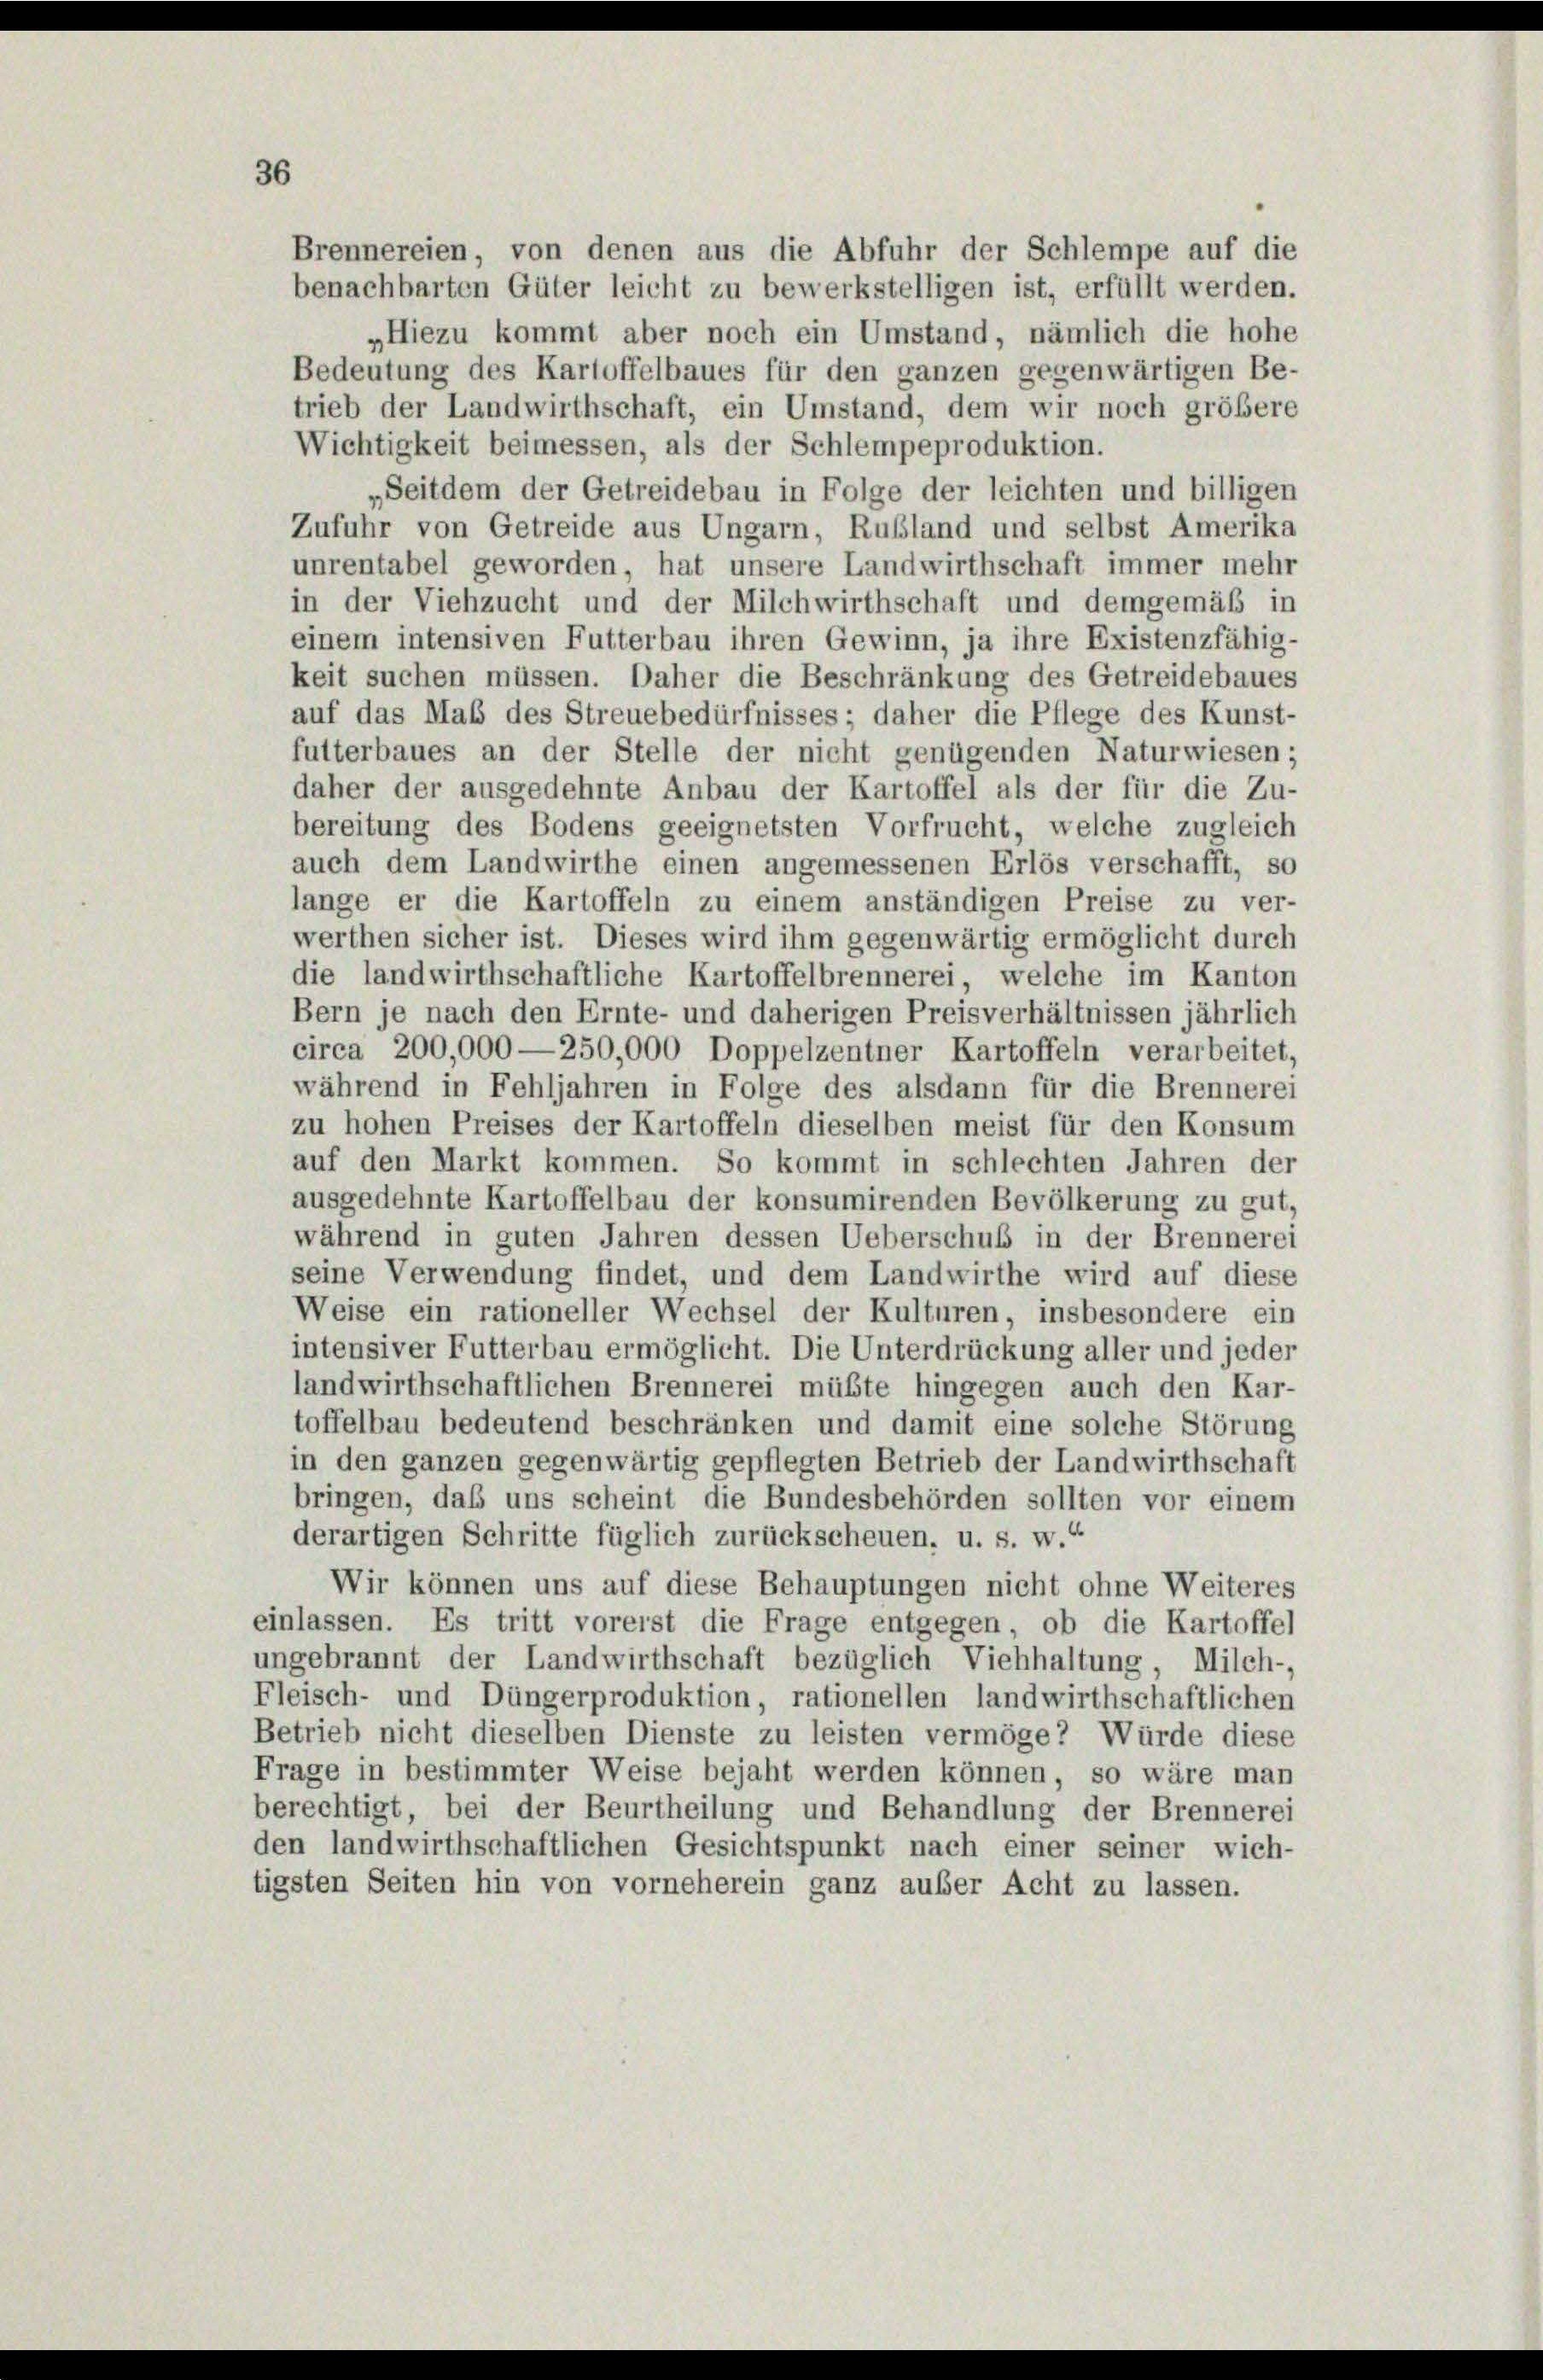
Brennereien, von denen aus die Abfuhr der Schlempe auf die
benachbarten Güter leicht zu bewerkstelligen ist, erfüllt werden.
„Hiezu kommt aber noch ein Umstand, nämlich die hohe
Bedeutung des Kartoffelbaues für den ganzen gegenwärtigen Be-
trieb der Landwirthschaft, ein Umstand, dem wir noch größere
Wichtigkeit beimessen, als der Schlempeproduktion.
Seitdem der Getreidebau in Folge der leichten und billigen
Zufuhr von Getreide aus Ungarn, Rußland und selbst Amerika
unrentabel geworden, hat unsere Landwirthschaft immer mehr
in der Viehzucht und der Milchwirthschaft und demgemäß in
einem intensiven Futterbau ihren Gewinn, ja ihre Existenzfähig-
keit suchen müssen. Daher die Beschränkung des Getreidebaues
auf das Maß des Streuebedürfnisses; daher die Pflege des Kunst-
futterbaues an der Stelle der nicht genügenden Naturwiesen;
daher der ausgedehnte Anbau der Kartoffel als der für die Zu-
bereitung des Bodens geeignetsten Vorfrucht, welche zugleich
auch dem Landwirthe einen angemessenen Erlös verschafft, so
lange er die Kartoffeln zu einem anständigen Preise zu ver-
werthen sicher ist. Dieses wird ihm gegenwärtig ermöglicht durch
die landwirthschaftliche Kartoffelbrennerei, welche im Kanton
Bern je nach den Ernte- und daherigen Preisverhältnissen jährlich
circa 200,000—250,000 Doppelzentner Kartoffeln verarbeitet,
während in Fehljahren in Folge des alsdann für die Brennerei
zu hohen Preises der Kartoffeln dieselben meist für den Konsum
auf den Markt kommen. So kommt in schlechten Jahren der
ausgedehnte Kartoffelbau der konsumirenden Bevölkerung zu gut,
während in guten Jahren dessen Ueberschuß in der Brennerei
seine Verwendung findet, und dem Landwirthe wird auf diese
Weise ein rationeller Wechsel der Kulturen, insbesondere ein
intensiver Futterbau ermöglicht. Die Unterdrückung aller und jeder
landwirthschaftlichen Brennerei müßte hingegen auch den Kar-
toffelbau bedeutend beschränken und damit eine solche Störung
in den ganzen gegenwärtig gepflegten Betrieb der Landwirthschaft
bringen, daß uns scheint die Bundesbehörden sollten vor einem
derartigen Schritte füglich zurückscheuen, u. s. w.“
Wir können uns auf diese Behauptungen nicht ohne Weiteres
einlassen. Es tritt vorerst die Frage entgegen, ob die Kartoffel
ungebrannt der Landwirthschaft bezüglich Viehhaltung, Milch-,
Fleisch- und Düngerproduktion, rationellen landwirthschaftlichen
Betrieb nicht dieselben Dienste zu leisten vermöge? Würde diese
Frage in bestimmter Weise bejaht werden können, so wäre man
berechtigt, bei der Beurtheilung und Behandlung der Brennerei
den landwirthschaftlichen Gesichtspunkt nach einer seiner wich-
tigsten Seiten hin von vorneherein ganz außer Acht zu lassen.